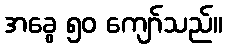
အခွေ ၅၀ ကျော်သည်။